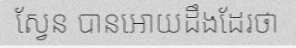
ស្វែន បានអោយដឹងដែរថា